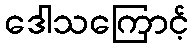
ဒေါသကြောင့်